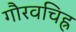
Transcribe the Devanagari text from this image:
गौरवचिह्र